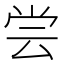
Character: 尝